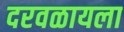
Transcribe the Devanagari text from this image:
दरवळायला